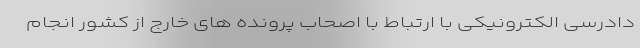
دادرسی الکترونیکی با ارتباط با اصحاب پرونده های خارج از کشور انجام